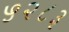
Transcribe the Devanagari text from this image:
५२८३